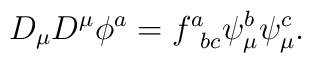
D_\mu D^\mu \phi^a=f^a_{\phantom{a}bc}\psi^b_\mu \psi^c_\mu.